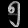
Digit: ၅